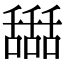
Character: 𦧵